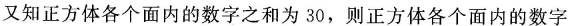
又知正方体各个面内的数字之和为30，则正方体各个面内的数字